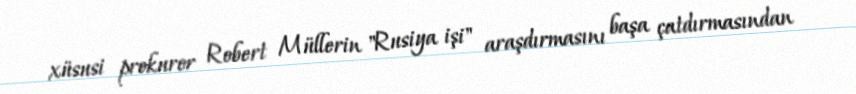
xüsusi prokuror Robert Müllerin "Rusiya işi" araşdırmasını başa çatdırmasından